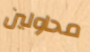
محاولين